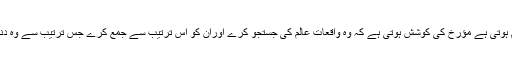
اور ان کی ترتیب معلوم ہوتی ہے مؤرخ کی کوشش ہوتی ہے کہ وہ واقعاتِ عالم کی جستجو کرے اوران کو اس ترتیب سے جمع کرے جس ترتیب سے وہ دنیا میں رونما ہوئے ہیں۔